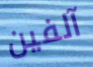
آلفين